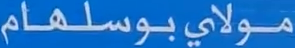
مولايبوسلهام